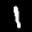
Label: 1